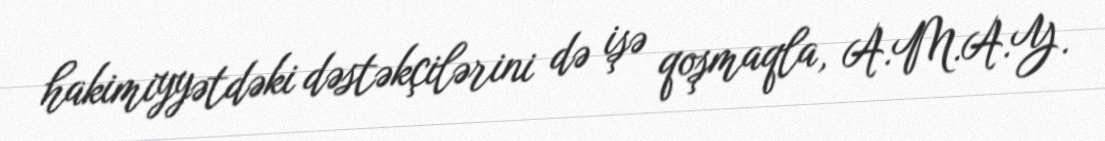
hakimiyyətdəki dəstəkçilərini də işə qoşmaqla, A.M.A.Y.